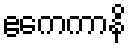
ဧကေကာနိ